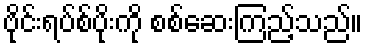
ဗိုင်းရပ်စ်ပိုးကို စစ်ဆေးကြည့်သည်။